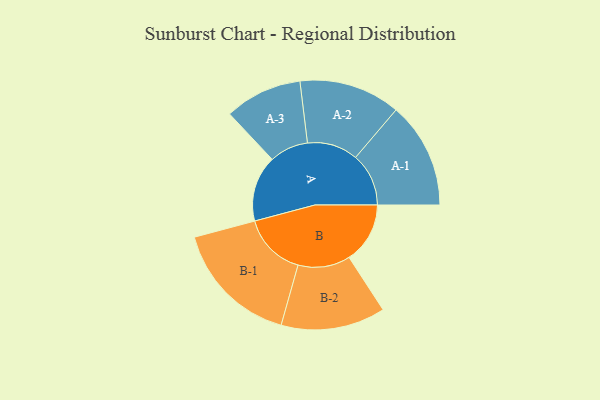
{"axis": {"x": "Segment", "y": "Value"}, "legend": ["", "A", "B"], "data": [{"x": "A", "y": 310, "type": ""}, {"x": "B", "y": 286, "type": ""}, {"x": "A-1", "y": 249, "type": "A"}, {"x": "A-2", "y": 238, "type": "A"}, {"x": "A-3", "y": 182, "type": "A"}, {"x": "B-1", "y": 298, "type": "B"}, {"x": "B-2", "y": 245, "type": "B"}]}